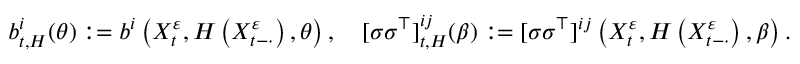
b _ { t , H } ^ { i } ( \theta ) : = b ^ { i } \left( X _ { t } ^ { \varepsilon } , H \left( X _ { t - \cdot } ^ { \varepsilon } \right) , \theta \right) , \quad [ \sigma \sigma ^ { \top } ] _ { t , H } ^ { i j } ( \beta ) : = [ \sigma \sigma ^ { \top } ] ^ { i j } \left( X _ { t } ^ { \varepsilon } , H \left( X _ { t - \cdot } ^ { \varepsilon } \right) , \beta \right) .